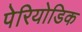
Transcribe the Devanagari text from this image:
पेरियोडिक